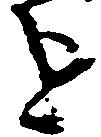
を